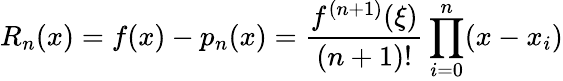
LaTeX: R_{n}(x)=f(x)-p_{n}(x)={\frac{f^{(n+1)}(\xi)}{(n+1)!}}\prod_{i=0}^{n}(x-x_{i})